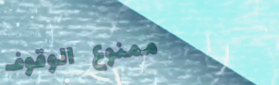
ممنوع الوقوف